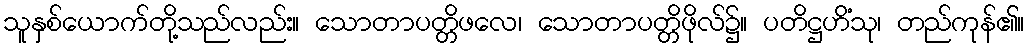
သူနှစ်ယောက်တို့သည်လည်း။ သောတာပတ္တိဖလေ၊ သောတာပတ္တိဖိုလ်၌။ ပတိဋ္ဌဟိံသု၊ တည်ကုန်၏။